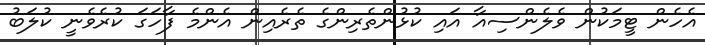
އެހެން ޓީމަކުން ވެލެންސިއާ އައި ކުޅުންތެރިންގެ ތެރެއިން އެންމެ ފާހަގަ ކުރެވެނީ ކުލަބު